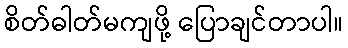
စိတ်ဓါတ်မကျဖို့ ပြောချင်တာပါ။